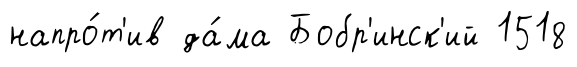
напро́т'ив да́ма Бобр'инск'ий 1518